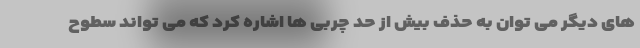
های دیگر می توان به حذف بیش از حد چربی ها اشاره کرد که می تواند سطوح